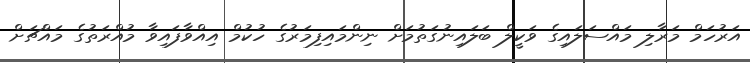
އަރުހަމް މަރާލި މައްސަލައިގެ ވަކީލް ބަލައިނުގަތުމަށް ނިންމައިފިމަރުގެ ހުކުމް އިއްވާފައިވާ މުއްރަތުގެ މައްޗަށް